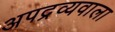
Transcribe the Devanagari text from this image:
अपद्रव्यवाला